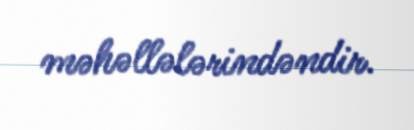
məhəllələrindəndir.